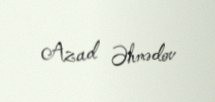
Azad Əhmədov